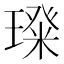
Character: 𭹵